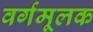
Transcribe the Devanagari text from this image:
वर्गमूलक